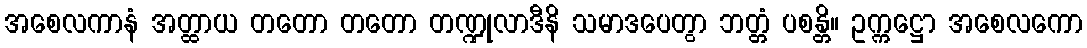
အစေလကာနံ အတ္ထာယ တတော တတော တဏ္ဍုလာဒီနိ သမာဒပေတွာ ဘတ္တံ ပစန္တိ။ ဥက္ကဋ္ဌော အစေလကော